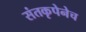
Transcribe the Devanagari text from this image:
संतकृपेनेच